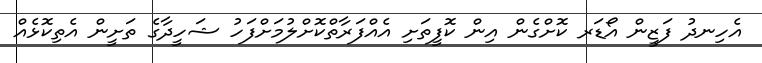
އެހިނދު ފަޒީން އޯޑަރ ކޮށްގެން އިން ކޮފީތަށި އެއްފަރާތްކޮށްލުމަށްފަހު ޝަހީދާގެ ތަށީން އެތިކޮޅެއް